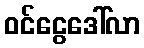
ဝင်ငွေဒေါ်လာ